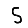
Digit: 5